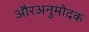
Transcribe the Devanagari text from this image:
औरअनुमोदक